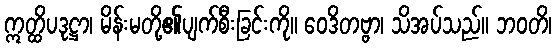
ဣတ္ထိပဒုဋ္ဌာ၊ မိန်းမတို့၏ပျက်စီးခြင်းကို။ ဝေဒိတဗ္ဗာ၊ သိအပ်သည်။ ဘဝတိ၊